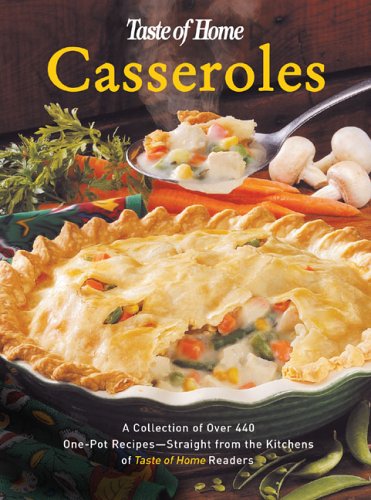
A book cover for Taste of Home:Casseroles: A Collection of Over 440 One-Pot Recipes - Straight from the Kitchens of Taste of Home Readers (Taste of Home Annual Recipes); Taste of Home Editors; Cookbooks, Food & Wine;